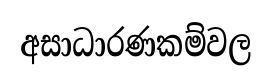
අසාධාරණකම්වල